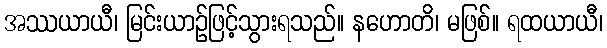
အဿယာယီ၊ မြင်းယာဉ်ဖြင့်သွားရသည်။ နဟောတိ၊ မဖြစ်။ ရထယာယီ၊